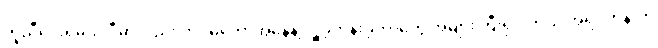
ကူညီပေးရမယ် ဒီမှာလည်း တပ်မတော်အနေနဲ့ လှူခဲ့တန်းခဲ့တာတွေ အများကြီးရှိပါတယ် အရင်တုန်းက